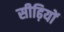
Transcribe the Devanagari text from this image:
सीढ़ियों